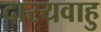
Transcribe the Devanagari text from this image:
दारयवाहु